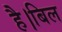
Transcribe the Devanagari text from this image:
है।बिल